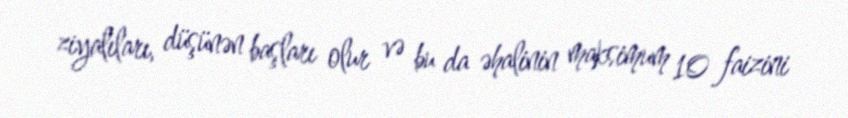
ziyalıları, düşünən başları olur və bu da əhalinin maksimum 10 faizini